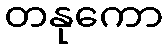
တနုကော